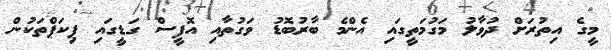
މީގެ އިތުރަށް ދުވާލު މަގުމަތީގައި އެންމެ ބާރުބޮޑު ވަގުތާއި އޮފީސް ގަޑީގައި ޕިކަޕްތަކުން